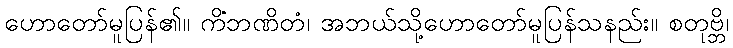
ဟောတော်မူပြန်၏။ ကိံဘဏိတံ၊ အဘယ်သို့ဟောတော်မူပြန်သနည်း။ စတုဗ္ဘိ၊